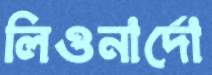
লিওনার্দো